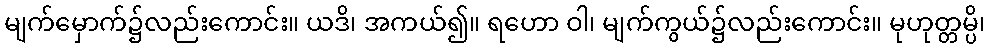
မျက်မှောက်၌လည်းကောင်း။ ယဒိ၊ အကယ်၍။ ရဟော ဝါ၊ မျက်ကွယ်၌လည်းကောင်း။ မုဟုတ္တမ္ပိ၊